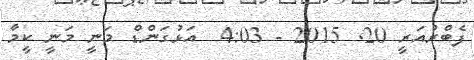
ފެބްރުއަރީ 20